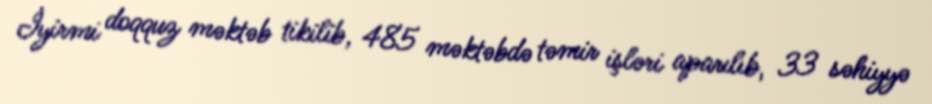
İyirmi doqquz məktəb tikilib, 485 məktəbdə təmir işləri aparılıb, 33 səhiyyə